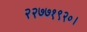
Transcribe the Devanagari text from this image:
२२७७१९२०।